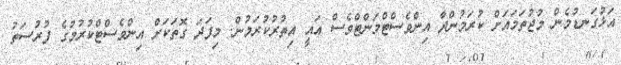
އަޅުގަނޑުމެން މުޖުތަމައަށް ކުރަމުންދާ އިންވެސްޓްމަންޓްވެސް އައީ އިތުރުކުރަމުން. މިފަދަ ގޮތަކަށް އިންވެސްޓްކުރުމުގެ ފުރުސަތު